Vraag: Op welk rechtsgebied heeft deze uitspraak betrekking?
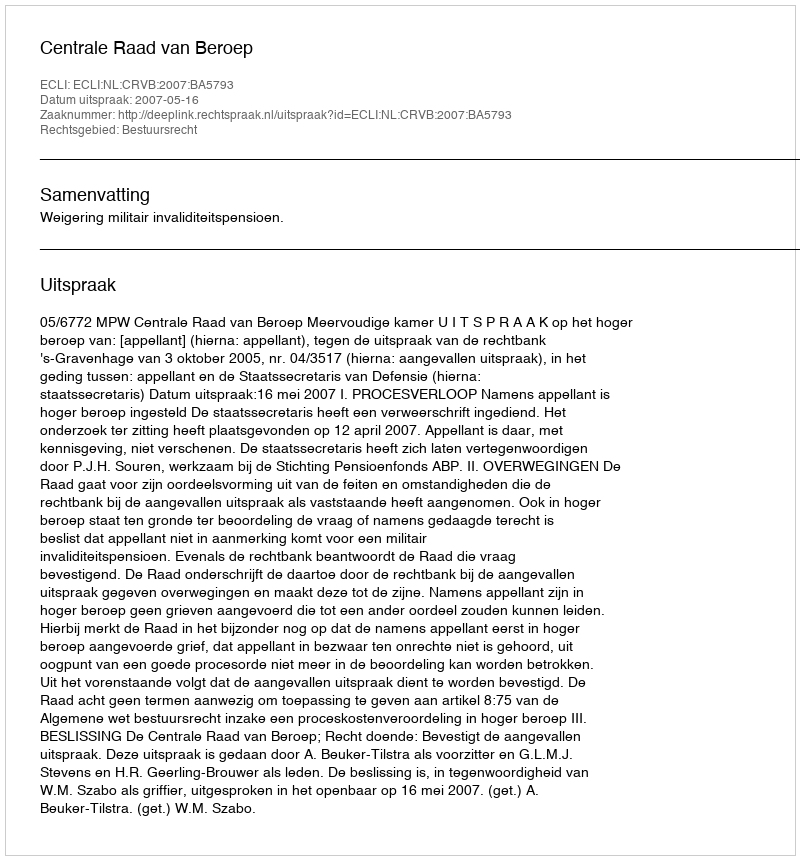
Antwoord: Bestuursrecht